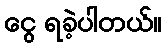
ငွေ ရခဲ့ပါတယ်။